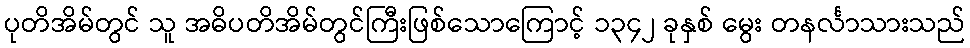
ပုတိအိမ်တွင် သူ အဓိပတိအိမ်တွင်ကြီးဖြစ်သောကြောင့် ၁၃၄၂ ခုနှစ် မွေး တနင်္လာသားသည်